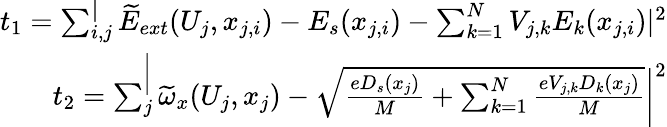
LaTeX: \begin{array}{r}{t_{1}=\sum_{i,j}^|\widetilde{E}_{ext}(U_{j},x_{j,i})-E_{s}(x_{j,i})-\sum_{k=1}^{N}V_{j,k}E_{k}(x_{j,i})|^{2}}\\ {t_{2}=\sum_{j}^\bigg|\widetilde{\omega}_{x}(U_{j},x_{j})-\sqrt{\frac{eD_{s}(x_{j})}{M}+\sum_{k=1}^{N}\frac{eV_{j,k}D_{k}(x_{j})}{M}}\bigg|^{2}}\end{array}